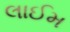
લાઈમ